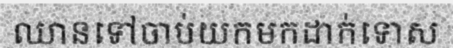
ឈានទៅចាប់យកមកដាក់ទោស